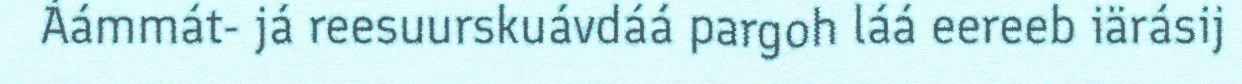
Áámmát- já reesuurskuávdáá pargoh láá eereeb iärásij